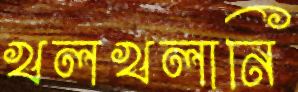
খলখলানি